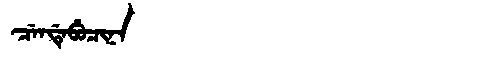
Manchu: ᠴᡝᠨᡩᡝᠪᡠᠴᡳᠨᠠ
Romanization: CENDEBUCINA